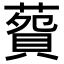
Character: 𦺲